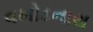
વખોડનારા